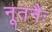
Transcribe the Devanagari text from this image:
नूतनैः